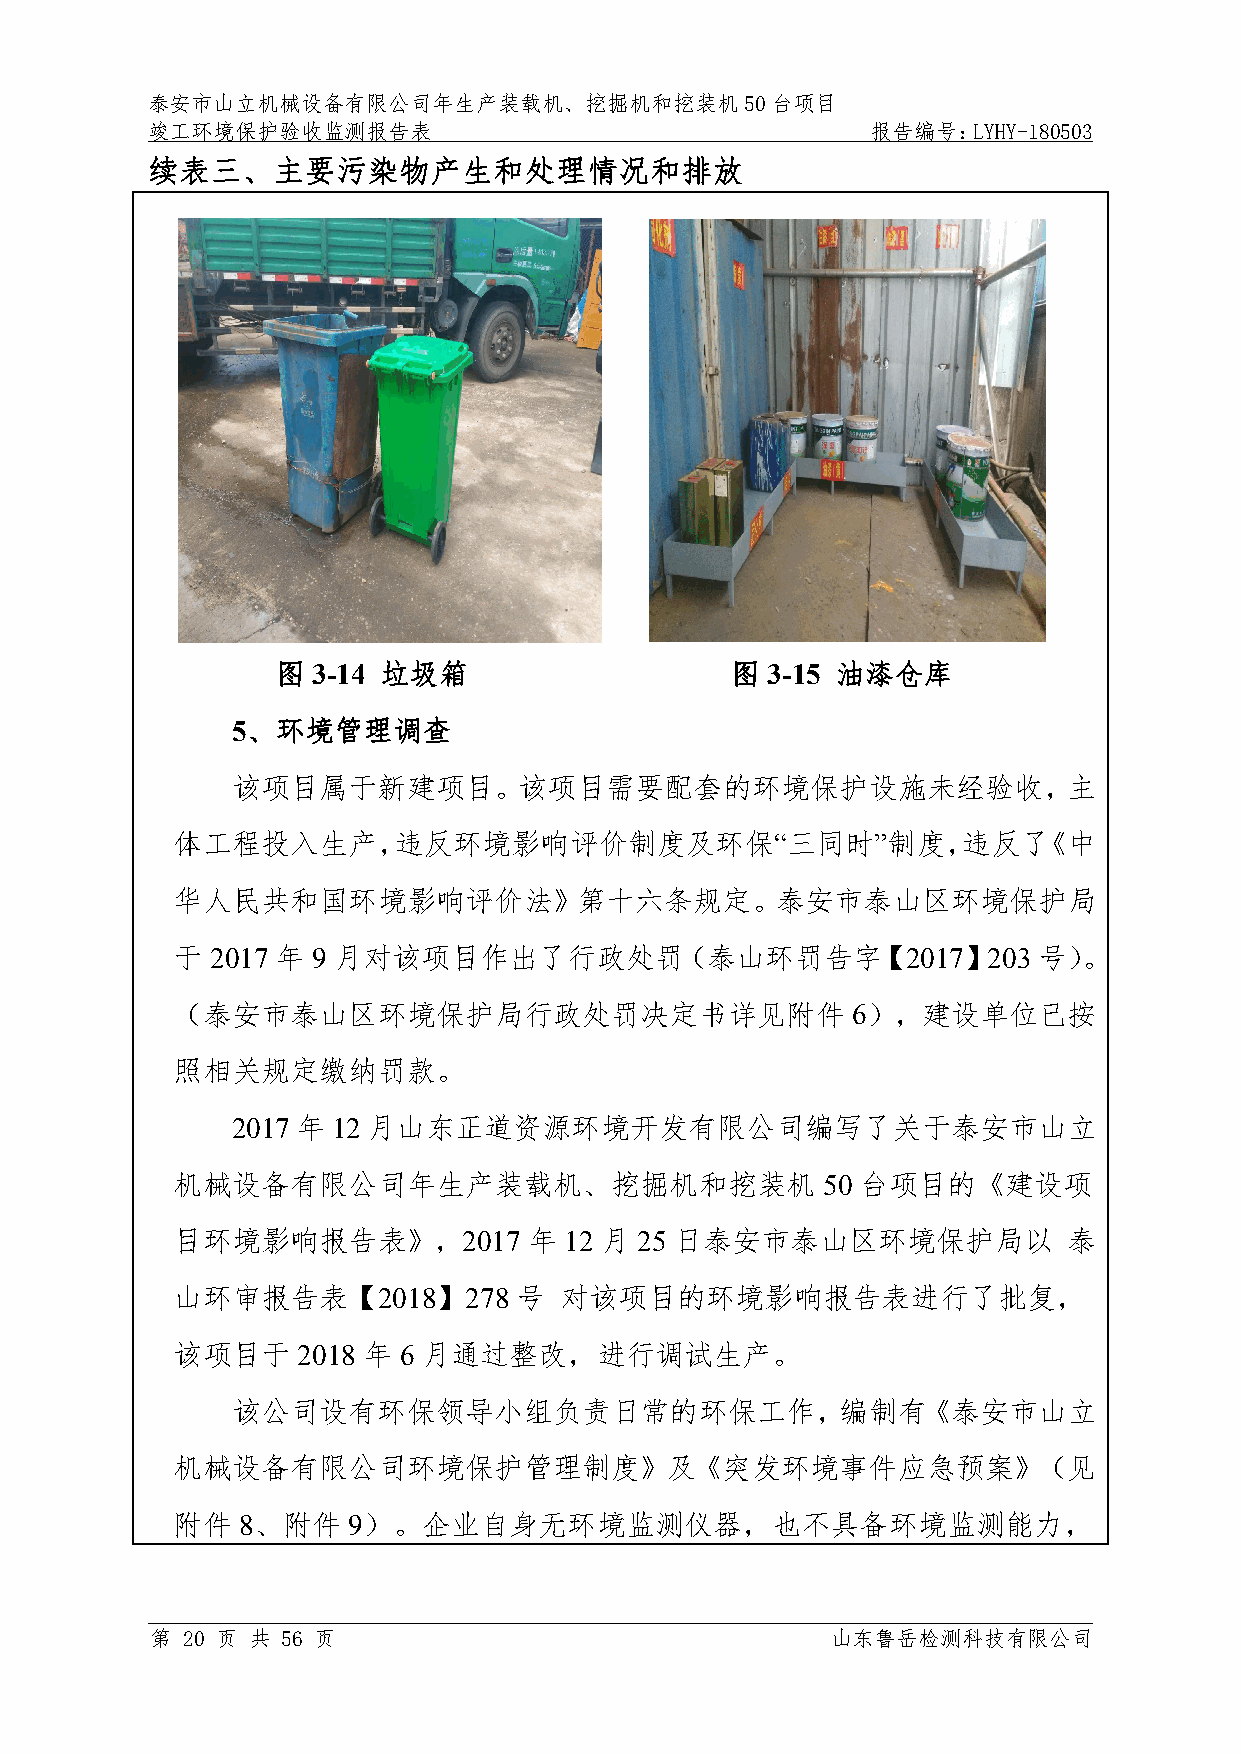
泰安市山立机械设备有限公司年生产装载机、挖掘机和挖装机50台项目
 竣工环境保护验收监测报告表                                   报告编号：LYHY-180503
 续表三、主要污染物产生和处理情况和排放
 图  3-14 垃圾箱                   图  3-15 油漆仓库
 5、环境管理调查
 该项目属于新建项目。该项目需要配套的环境保护设施未经验收，主
 体工程投入生产，违反环境影响评价制度及环保“三同时”制度，违反了《中
 华人民共和国环境影响评价法》第十六条规定。泰安市泰山区环境保护局
 于  2017 年 9 月对该项目作出了行政处罚（泰山环罚告字【2017】203                  号）。
 （泰安市泰山区环境保护局行政处罚决定书详见附件                      6），建设单位已按
 照相关规定缴纳罚款。
 2017年12月山东正道资源环境开发有限公司编写了关于泰安市山立
 机械设备有限公司年生产装载机、挖掘机和挖装机                     50 台项目的《建设项
 目环境影响报告表》，2017          年 12 月 25 日泰安市泰山区环境保护局以             泰
 山环审报告表【2018】278        号  对该项目的环境影响报告表进行了批复，
 该项目于     2018 年 6 月通过整改，进行调试生产。
 该公司设有环保领导小组负责日常的环保工作，编制有《泰安市山立
 机械设备有限公司环境保护管理制度》及《突发环境事件应急预案》（见
 附件   8、附件   9）。企业自身无环境监测仪器，也不具备环境监测能力，
 第 20 页 共 56 页                                山东鲁岳检测科技有限公司